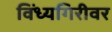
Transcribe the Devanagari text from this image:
विंध्यगिरीवर